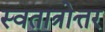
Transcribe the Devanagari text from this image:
स्वतात्रोत्तर